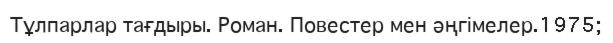
Тұлпарлар тағдыры. Роман. Повестер мен әңгімелер.1975;